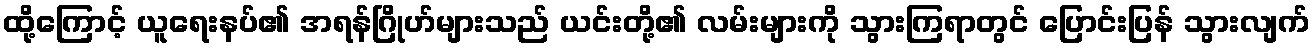
ထို့ကြောင့် ယူရေးနပ်၏ အရန်ဂြိုဟ်များသည် ယင်းတို့၏ လမ်းများကို သွားကြရာတွင် ပြောင်းပြန် သွားလျက်